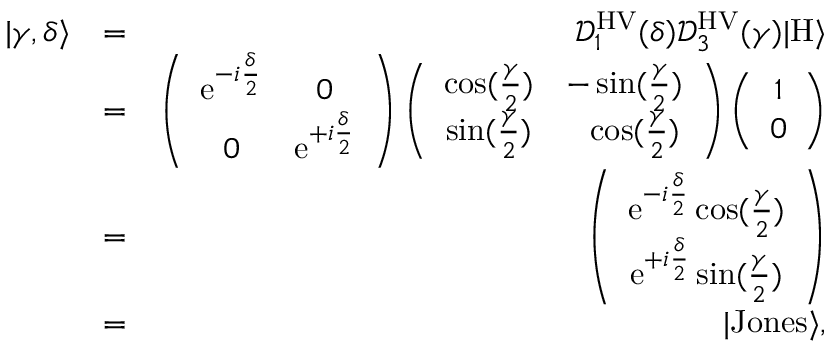
\begin{array} { r l r } { | \gamma , \delta \rangle } & { = } & { \mathcal { D } _ { 1 } ^ { \mathrm { H V } } ( \delta ) \mathcal { D } _ { 3 } ^ { \mathrm { H V } } ( \gamma ) | \mathrm { H } \rangle } \\ & { = } & { \left( \begin{array} { c c } { \mathrm { e } ^ { - i \frac { \delta } { 2 } } } & { 0 } \\ { 0 } & { \mathrm { e } ^ { + i \frac { \delta } { 2 } } } \end{array} \right) \left( \begin{array} { c c } { \cos ( \frac { \gamma } { 2 } ) } & { - \sin ( \frac { \gamma } { 2 } ) } \\ { \sin ( \frac { \gamma } { 2 } ) } & { \ \ \cos ( \frac { \gamma } { 2 } ) } \end{array} \right) \left( \begin{array} { c } { 1 } \\ { 0 } \end{array} \right) } \\ & { = } & { \left( \begin{array} { c } { \mathrm { e } ^ { - i \frac { \delta } { 2 } } \cos ( \frac { \gamma } { 2 } ) } \\ { \mathrm { e } ^ { + i \frac { \delta } { 2 } } \sin ( \frac { \gamma } { 2 } ) } \end{array} \right) } \\ & { = } & { | \mathrm { J o n e s } \rangle , } \end{array}